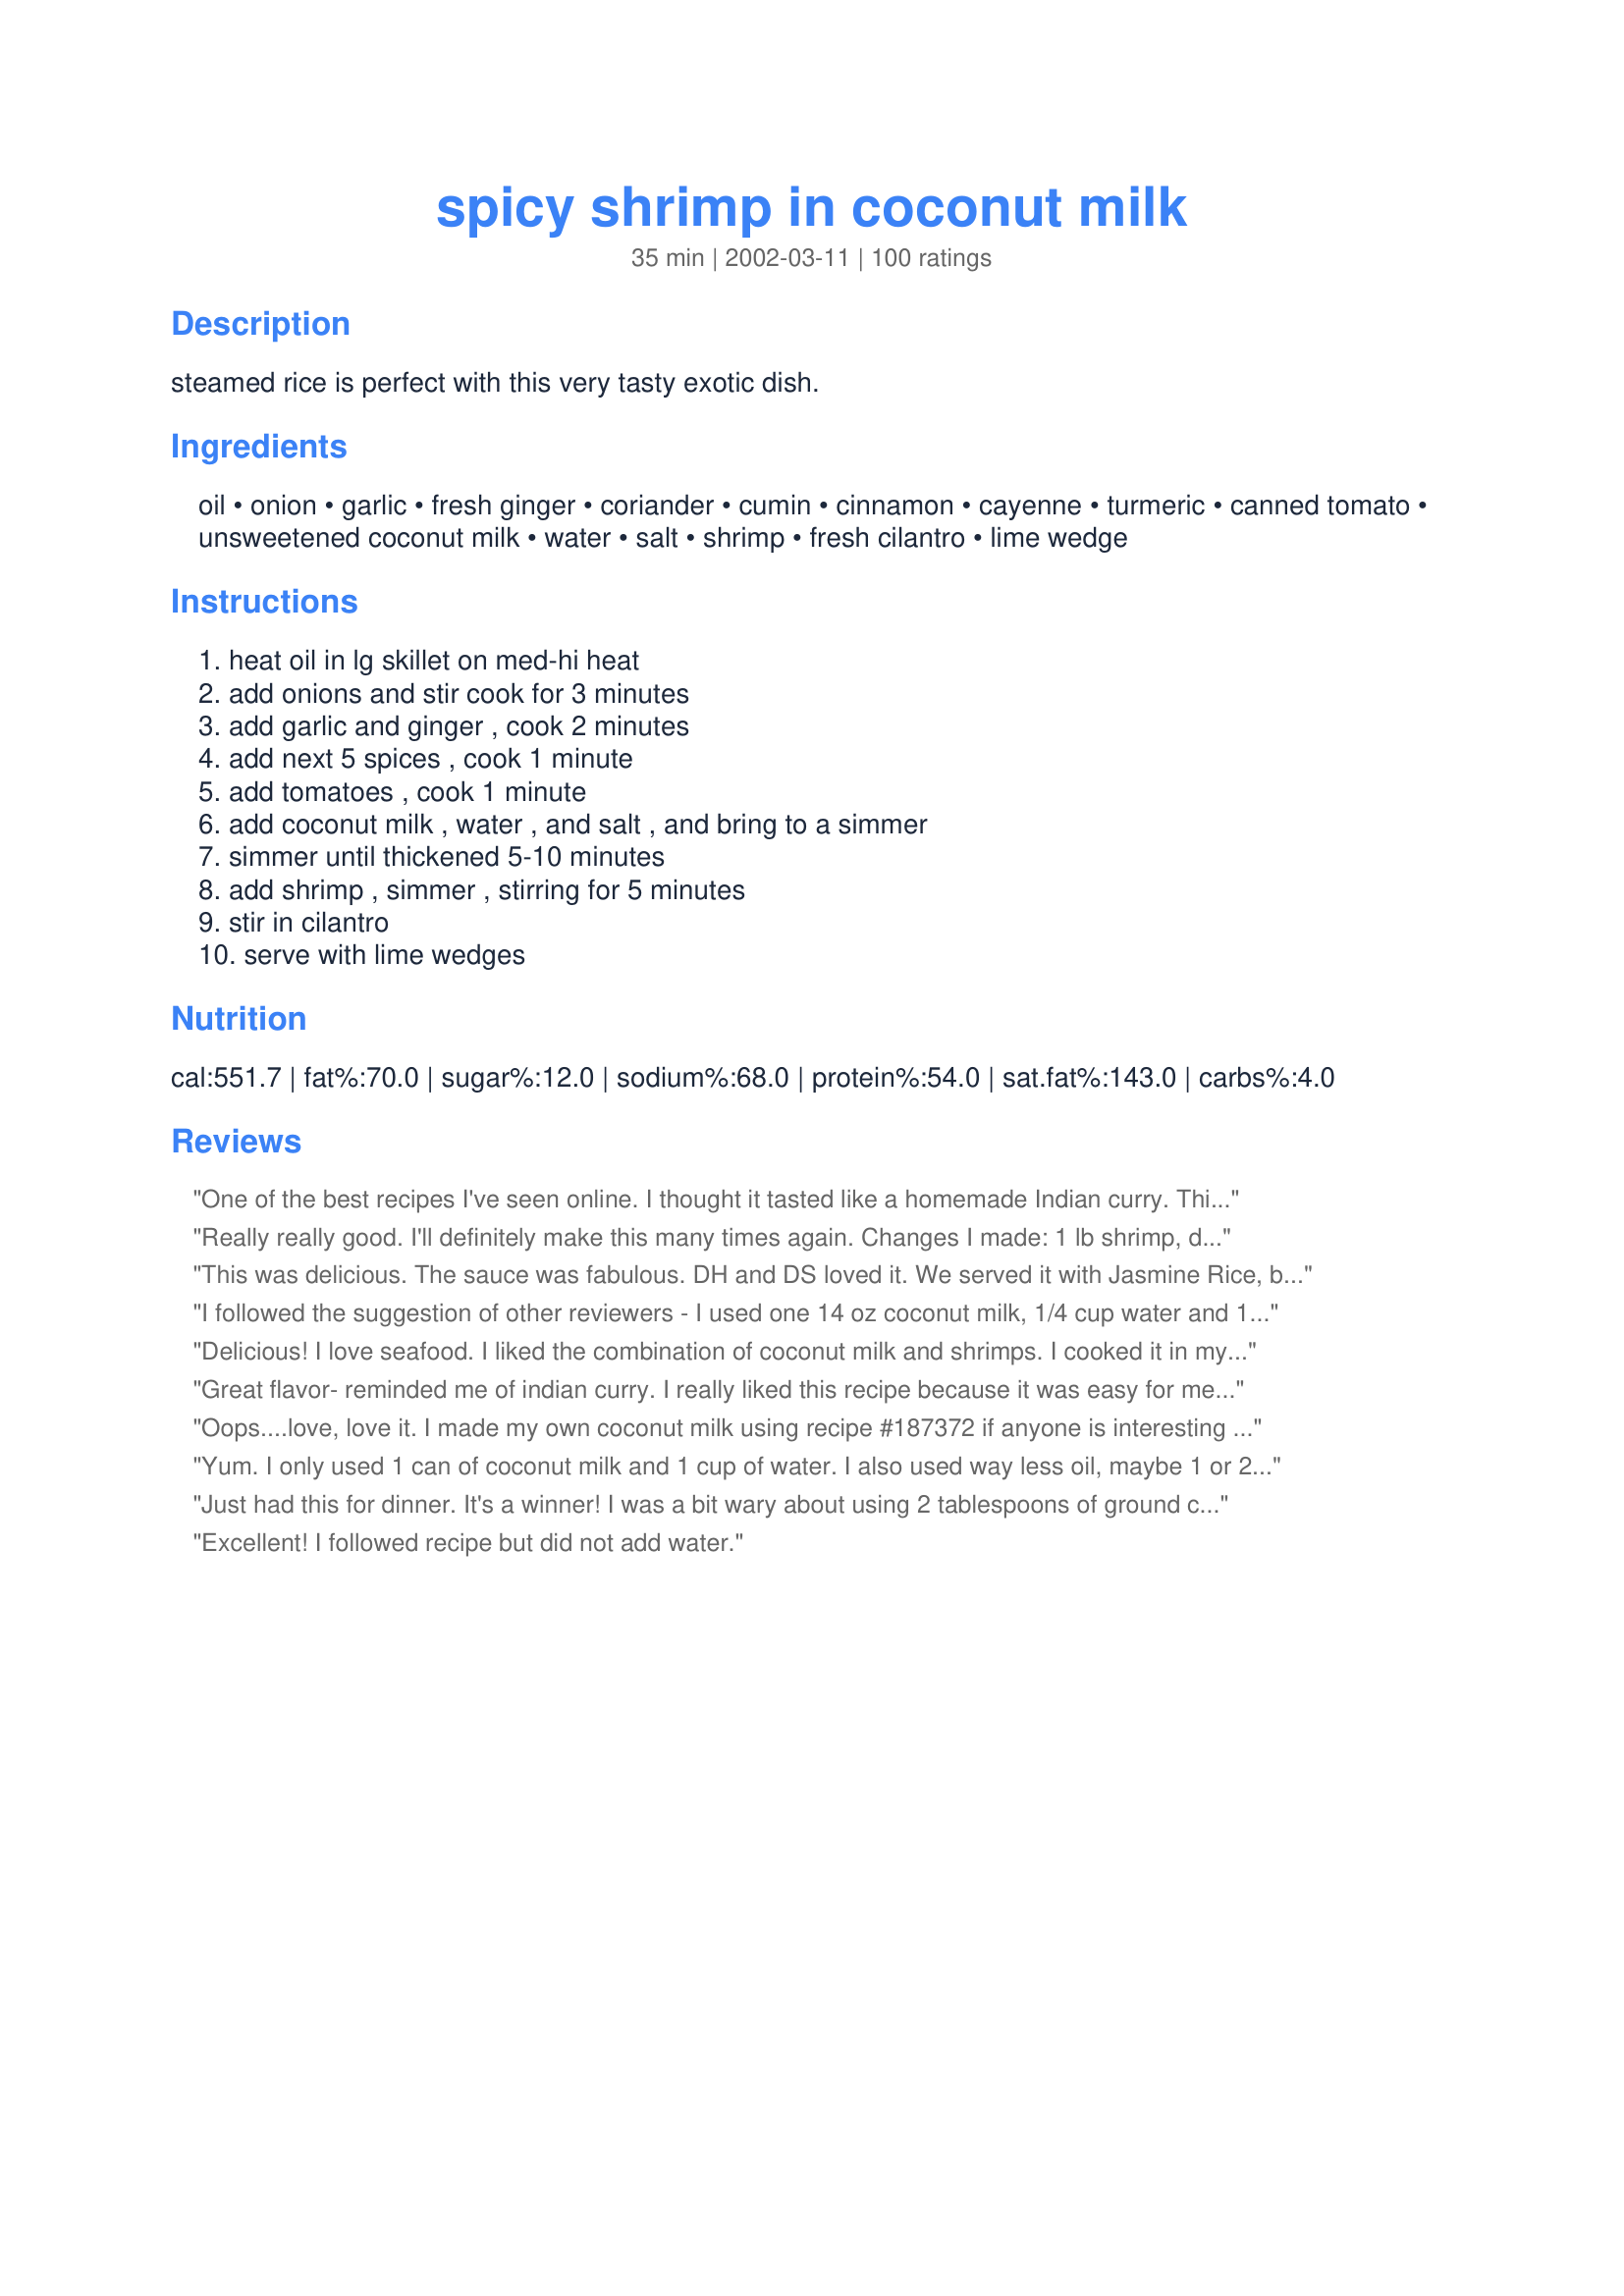
spicy shrimp in coconut milk
Preparation time: 35 minutes

steamed rice is perfect with this very tasty exotic dish.

Ingredients:
oil, onion, garlic, fresh ginger, coriander, cumin, cinnamon, cayenne, turmeric, canned tomato, unsweetened coconut milk, water, salt, shrimp, fresh cilantro, lime wedge

Steps:
heat oil in lg skillet on med-hi heat, add onions and stir cook for 3 minutes, add garlic and ginger , cook 2 minutes, add next 5 spices , cook 1 minute, add tomatoes , cook 1 minute, add coconut milk , water , and salt , and bring to a simmer, simmer until thickened 5-10 minutes, add shrimp , simmer , stirring for 5 minutes, stir in cilantro, serve with lime wedges

Reviews:
One of the best recipes I've seen online. I thought it tasted like a homemade Indian curry. This recipe was so good I just had to create an account and rate it. I didn't have enough shrimp, so I added two chopped chicken sausages. I also put in about 2 1/2 cups of pre-packaged frozen vegetable stir fry medley. Served over calrose rice. FANTASTIC! Thank you for sharing.
Really really good. I'll definitely make this many times again. Changes I made: 1 lb shrimp, dried cilantro, 1 can light coconut milk, sweet curry instead of turmeric and no additional water added. I also added green peppers and red peppers (about 1 c) into the onion mix. I also added a smidge (1/2 C) broccoli to the mix. Husband really liked this too and said he'd ask for it again. Good strong, complex flavors without being overpowering - very nice over basmati rice.
This was delicious. The sauce was fabulous. DH and DS loved it. We served it with Jasmine Rice, but I forgot to serve the limes. :( Next time a little more cayenne, since we really couldn't taste it.
I followed the suggestion of other reviewers - I used one 14 oz coconut milk, 1/4 cup water and 1 tsp sambal oelek. Also, after I cooked the dish, I squeezed the juice of 1/2 a lime. I served the shrimp over basmati rice and it was delicious - the blend of the spices mixed with the coconut milk was nice a silky. Thank you for posting this recipe.
Delicious! I love seafood. I liked the combination of coconut milk and shrimps. I cooked it in my pure clay pot and turned out fantastic. The special steam locker lid seals all the water soluble nutrients in and gives you the healthiest food. Most importantly, its metal and chemical free. Here is the &lt;a href=http://miriamsearthencookware.com/&gt;website&lt;/a&gt; where I got mine from and the best place to learn this unique way of cooking.
Great flavor- reminded me of indian curry. I really liked this recipe because it was easy for me to ladle aside some of the sauce to cook a chicken breast (since I can't eat shellfish) before I added the shrimp. It took a few minutes longer to cook, but was ready at essentially the same time- so it seemed like I was only fixing one meal :-)
Oops....love, love it. I made my own coconut milk using recipe #187372 if anyone is interesting in trying a inexpensive version as well as much, much lower fat content without losing the flavor. And, it certainly lived up to it's "spicy" name. But we love spices but if you don't you can cut back a little. I did add red pepper flakes too and that definitely added some extra heat.
Yum. I only used 1 can of coconut milk and 1 cup of water. I also used way less oil, maybe 1 or 2 tablespoons tops. Worked out great. I think it is going to taste even better tomorrow!!
Just had this for dinner. It's a winner! I was a bit wary about using 2 tablespoons of ground coriander, but it was fine. I omitted the extra 1/2 cup of water and added 1/2 teaspoon crushed chilli to give it a little bit of heat. I also added 3 teaspoons of lime juice at the end of the cooking time. Next time, for our taste, I'd double the amount of salt. A great recipe that will adapt well to fish, chicken, and vegetable curries. Thanks MizzNezz.
Excellent! I followed recipe but did not add water.
Very tasty! Next time I will add more cayenne to add a little more heat.
This dish is so rich and spicy, absolutely wonderful. I made a couple of adjustments just for my diet's sake - used 14oz lite coconut milk, one can only, and used 14oz diced tomatoes and no water.
This was so nice; not to spicy but plenty of fresh spices to set it off. I made as directed and didn't change a thing. It made a lot but that's OK as now we have left overs for today. The spices were a pleasant blend with none overpowering the other. I served as suggested over steamed white rice, there's plent of sauce to do this. The shrimp came out just right with the timing suggested. Thanks for posting.
Amazing, a delite to ALL my taste buds! Bursting with flavor, best meal I had in a long time, ty
This recipe is very tasty. I would definitely make again. It taste like it could be straight out of a Thai restaurant. Very good. (This recipe is not sweet, for some reason I thought it would be.)
This was the best Thai style shrinp dish ever. It needed alittle more salt and cayenne for my taste but over all a great and easy dish. I served with brown rice which was good but Jasmine rice would have been even better.
If you can't find green coriander (it might be called cilantro in your area), you can use coriander powder. However, since coriander powder tends to be a bit gritty, what I do is to put a tsp in a small bowl of water and stir it around. Then let it settle to the bottom (let it sit for about 5 min) and only pour the water into your shrimp dish. Toss out the gritty spice which is at the bottom of the bowl. I hope that helps.
Such an easy quick and delicious recipe, a really special meal put together in half an hour, we loved this. Served over steamed white rice, made a fabulous dinner and I'm already looking forward to having it again :) Thank you, MizzNezz, super recipe!!!!
Yum. My family enjoyed but cut cayenne to just a smitch ;-)
Wasn't nearly flavorful enough.
This recipe has become one of my favorite ways to prepare shrimp! Substituting chicken for the shrimp would likely be equally delicious.
Amazing flavour, lots of sauce which we love, restaurant quality. Reading the other reviews I did add extra cayenne and I always find using fresh coriander we need extra salt. As per Kooka's suggestion I also sprinkled about 3 teaspoons of lime juice on top once cooked. Followed recipe exactally as stated and served with rice. This one goes into our favourites.
I thought this recipe turned out really good, and even my sister who generally doesn't care for shrimp enjoyed this recipe. I used lite coconut milk instead and I believe this to have caused the need to simmer a lot longer to get the sauce to thicken. I thought having so much shrimp was a bit much, maybe next time I will use 1/2 - 3/4 the amount of shrimps and add cauliflower, snap peas, or some other veggie to even out the proportion.
O.K. for a quick meal using relatively handy ingredients. For a more authentic and tastier version, omit the 5 dry spices and use 1 to 3 teaspoons of Thai red or yellow curry paste (depending on your preference for spiceness and heat), 1 teaspoon of sugar, and 1 can of coconut milk. All other directions stay the same.
Turned out really nice. I added thai basil and one jalapeno. Really easy recipe, tastes amazing. Oh, I also had only 1 lb of shrimp, spo I added 3/4 lb. of black mussels in the shell.
I made the recipe with just a few modifications and we really liked the flavor of the finished dish. I used one can of coconut milk and the half cup of water with the addition of red curry paste to give the dish more of a kick. The sauce was thin but we liked the way it covered the rice and the leftovers the next day were equally as good.
Sorry, it's sort of OK. I was expecting 'spicy'. This certainly isn't spicy. It's OK, but not great.
The texture and flavor was to die for. All the spices complemented eachother nicely. I used Jasmine rice with this recipe. Lovely presentation for company. Thank you for sharing this recipe.
Pretty good. Not really very spicy, overall quite bland at first taste. I added some fish sauce, used 50% more coriander (fresh ground from seed), doubled or tripled the red pepper, and included a bit of red wine vinegar. That plus the fresh lime juice squeezed on at the table made it acceptably tasty. But I wouldn't call it spicy.
This recipe is delicious. It reminds of a dish I had back home in NY at my favorite Indian restaurant -- Shrimp Malai. I've missed the dish and now can make it whenever I like! I've made it with seafood, chicken and will try lamb or veal stew meat. I serve it over Jasmine rice which a perfect accompaniment. This rice is light and fluffy and soaks up the sauce.

I adapted the dish by adding extra tumeric and a little less than a tablespoon of sugar...yum :-).

Thank you for submitting this wonderful recipe. I've already made five copies for friends who've tried it.

Thanks! And keep them coming! :-).
bydzign
We really enjoyed this! I used one can of lite coconut milk, 1 pound of shrimp, 1 fresh tomato, and doubled the garlic and ginger...kept everything else the same. Served it over Jasmine Rice. Next time I'll add a bit more cayenne. Delish!! Thank you!
comedy of errors trying to make this. old coconut milk that was spoiled, ran to the store to get fresh, then discovered no ground coriander, etc.
however, this was delicious!! loved all the flavors. we ended up using lite coconut milk with regular coconut milk, no water. would have simmered this down but ran out of time, so added shrimp before it was thickened. still delicious.
Great recipe! We've had it twice in as many weeks, so that should let you know how much we love it!
We cut down on the shrimp (prawns)to about 250g and add a lot of sliced mushies, capsicum & zucchini, coz we love them too.
Your easy to follow, simple instructions are a treat.
Thanks for sharing, MizzNezz :)
Try them with this tropical mango habanero sauce... I think they would mix amazing for those spicy food lovers... www.spicyadama.com
My husband and I really enjoyed this recipe.
I had some difficulty finding coriander and
had to omit it. Does anyone know a good substitute for it? Even with some of the spices
left out this recipe was wonderful.
Marvelous taste! I cut the sauce in half by only adding one can of coconut milk, halved the spices but still added a can of drained tomatoes. It was pretty runny so I thickened the sauce with a little cornstarch. I fixed some white rice and garnished it with fresh cilantro. Loved it!
LOVED THIS!! I omitted the cayenne (because I have a two year old eating it) and I used two whole cans of coconut milk instead of coconut milk and water and WOW! Heat up some naan and just dip it in this unctuous sauce! It is fantastic!
This really is easy to make and so delicious. I loved the meld of flavors, and plan to try it with chicken one of these days soon. This is a keeper!
I have made this several times I cannot believe that I never gave it a review! It is so good, I know that I was a little worried about adding the tomato to the dish but everything blends together perfect....yummy you will not regret making this dish I promise.
Its a keeper..... This is quick and easy to make. I used only one can of cocoanut milk and none of the sugar that some people have added. The next time I make ths dish I will increase the spices just a bit.
Very good!! Started with the existing recipe and have adapted it for Chicken (very good) and Calamari (good, but still working on it). Only issue is that Coconut Milk (Silk) made the sauce a little thin, and I've heated it to reduce to thicker sauce as I've learned the dish. Works well for Keto and diabetics.
We really enjoyed this recipe for lunch. Based on reviews I made several modifications with perfect results. First, I halved the recipe (sort of) to accommodate the two of us. I left the onion, garlic, ginger, and all spice proportions as written and this worked perfect. In fact, we could have used even a little more cayenne. I omitted the water to make for thicker sauce as suggested by other reviewers. We served over jasmine rice. We both would have this recipe again. Thanks!
Very good! Like others, next time I will use one can of coconut milk instead of 2...sauce was very thin but still very delicious. :)
This was easy to make a very tasty. I kept adding spices - when it got to where we really liked it, we had about doubled them. We saved the sauce and dipped it in french bread the next day as an appetizer. Yum!
I signed up for an account just so I could rate this recipe... it&#039;s that good! I&#039;ve made quite a few attempts at Indian recipes over the years and this is one of very few I&#039;ve found comparable to restaurant quality. I took other reviewers&#039; advice and added curry to the spice mixture. I used small, frozen shrimp that I buy at Costco, briefly defrosted and thrown in at the end, just long enough to get them hot. I love my curry-type dishes very saucy, so it was a happy accident that the can of tomatoes I thought I had in the pantry turned out to be tomato sauce. I just decided to go with it, use the tomato sauce and leave out the water the recipe calls for, and the result was amazing - TONS of flavorful sauce! I had prepared rice and vegetables to serve on the side, but ended up pouring the shrimp and sauce over everything, as it made it so tasty. My husband and 2.5 year old daughter loved it, too. I will definitely make again, and try it with other meats or even make it vegetarian. The sauce would make just about anything taste good!
so, okay I did change this a little bit.
I doubled the garlic and ginger although it seams like i always double the garlic with everything, ran out of onions so none of those I'll use them next time of course, had no canned tomatoes so used fresh but no seeds, and then thickened up the sauce a bit with some corn starch. fear not the coriander :)
great recipe
Wonderful dish! I'm not sure if tasted exactly as it should, as I had to cut the recipe down, but the boldness of flavor was fantastic. I like my food a bit hot, not just spicy, and since others here said it wasnt very hot I just added extra cayenne. I cooked the shrimp exactly as stated and they were done perfectly. I also omitted the water. I had lots of sauce left over to dip my bread in...Delicious MizzNexx!
Oh WOW!! Talk about a super easy, very delicious supper this was for us tonight. After having the day from (well, you know where), the hardest part was peeling the shrimps. Everything just flowed together and this inhaled! I will make this again and again and again! Thanks for posting!!
This dish was amazing. I had no coconut milk and added freshly grated coconut and some cream. Not ideal but it was still fragrant and rich.
Very tasty! I omitted the water and added some chilli peppers. Delicious! Thank you!
I am always on the lookout for good shrimp recipes, and had high hopes for this. Unfortunately, we found it to be just okay - rather bland. I can't put my finger on what is missing, perhaps just more of the spices, but it was not a hit with us.
This was so good. Like others, I used 1 lb of shrimp, only used one can of coconut milk and took out the water. I kept all the spices the same. Perfect!
yum! I kinda risked dinner last night with this dish, because I wasn't sure about the outcome. But it was a hit! Such an interesting and tasty blend of flavors! I did cut back 1/2 cup of coconut milk, but that was it. Thank you!
I made this again. It truly is an extraordinary dish.
I thought that this was a bit bland as-is, but I did add extra cayenne, salt, and about 2 t. of lime juice as per other reviewers' suggestions. I added some sugar to my own bowl because I knew my fiance wouldn't like it sweeter... unfortunately he was stopped up and couldn't taste much other than the cayenne, so he didn't have much input to give.
Yummy, I did adjust according to reviewer's suggestions. I used only one can of coconut milk and no water. I didn't add salt but did add some lime juice. It was flavorful but not overwhelming considering the amount of spice added. You could pump up the spice if desired.
MissNezz, tried this recipe on Friday and we really enjoyed. I increased the quantity of cayenne to 1 teaspoon since we liked it spicy. Thank you for a wonderful recipe. Sunbeam :)
I used virgin coconut oil, diced canned tomatoes with jalapeno peppers and 1/2 teaspoon of cayenne pepper. I'm looking forward to trying this recipe using chicken for the shrimp for a less expensive weeknight dinner. Thanks for posting, MizzNezz!
This was awesome!!!! Everyone loved it in my family, thank you for such a wonderful recipe, a definite keeper and definite "do it again"!!!!
i worried about using so much coriander, but needn't have. omitted the water and served it over steamed rice. we really enjoyed it. thanks!
20 stars!!!This dish was sooo delish and so off our normal ingredient cooking. First time using coconut milk but unfortunately only had 1 cup leftover from some drink experimentation so also used 1 1/2 cup evaporated milk. Was unsure of the coriander (is this suppose to be seed??) I used just under the 2 tbsp of ground coriander since I had not cooked with this spice before.I used diced canned tomatoes. Broke up spaghettini, boiled, drained and added to completed shrimp and sauce. I was blown away by how everything melded together and offered up such new, interesting and absolutely tantalizing flavors. I also expected it to be more spicy just from the title but it still had a nice kick. This recipe may be the start of new ethnic cooking habits! Will put this into the special collection.
Great with Thai noodles!
Tasty and different. Served over jasmine rice.
This dish was pretty good, but much much milder in flavor than we were expecting. I made this exactly as written and found that when I tasted the sauce it just wasn't quite what I was looking for in flavor. I might add that we are BIG fans of curries and curry type dishes, however I believe our love of spicy Thai curries might have influenced our tastes towards this dish. If you are looking for a milder, mellow type dish that still has a nice dimension of spice, this is a great recipe to try.
This was very good, and pretty simple as well. I did expect it to have just a bit more flavor, but I wouldn't really say it was lacking either. It makes a LOT of sauce so I think I'd cut that part down by a half maybe next time, since most of it stayed in the skillet. Thanks for a great recipe.
I've tried several similar recipes and this one is the BEST!!! So good!
This was good, but definitely missing something. I had hoped it would taste like yellow curry, but it wasn't quite there. I added a bunch more cayenne, and omitted the water. I also had to add more salt at the table (and I am not even a fan of salty foods). Good, but lacking that special something.
Lovely recipe. I had a few of the spice proportions off (I ran out while I was measuring), but it was still very well recieved. Thank you!
Absolutely delicious! I added some extra cayenne pepper and a couple tablespoons of raw sugar because it tasted like it needed it and it came out fantastic. I served it with jasmine rice and some steamed broccoli slaw on the side, It would be weird eating this by itself. My boyfriend cleared his plate so we&#039;ll definitely be making this again.
This recipe was really good, but I made a few changes! I added yellow and orange pepper (sliced) to the onions. I used light coconut milk to cut the fat, added more salt and cayenne pepper. I did not add water, just coconut milk. I found the sauce to be a little runny so I tried to thicken it up with corn starch. Overall a great recipe! Served over basmatti rice! Bon app?tit! :)
Really amazing - an incredible blend of spices. There is a lot of sauce but with extra rice it is wonderful, or you can just water it down and add some vegetables for some soup afterwards. AMAZING!
This was delicious! I would have been thrilled if I had gotten this dish at a restaurant. I have been thinking about it since I made it days ago! I probably used a little more of each of the spices, but otherwise followed the recipe. I'm going to make this dish using chicken for friends who don't eat shrimp. Thanks for a great dish!
Eating it as we speak and it's so so good. Like others I used less coconut milk than called for, but I still couldn't get the sauce to thicken up, and didn't have any corn flour on hand. REALLY good flavours though :)
WOW, this was better than I thought it would be! I am sure the original recipe is also fabulous, but I did tweak a bit to make it heartier/using up what I had. Added broccoli, sliced carrots, some jalapeno and snow peas to the simmer before the shrimp went in. Also used a curry powder instead of the individual spices, which turned out pretty well, but next time I'd hope to use the spices individually to get a better spice ratio. Will be making this again!
Fantastic! It wasn't really spicy, but had a very nice taste. I omitted the water as it seemed liquid enough. Next time I will probably add a little curry powder.

I served this over couscous.

Definitely a keeper. Thank you.
Excellent! Omitted the water and used two full cans of coconut milk. Added extra seasonings as we like things spicy and flavorful. It was super quick to prepare and enjoyed by all. Thanks for another winner, MizzNezz
Very nice. I only used a 2 tablespoons of oil and I didn't exactly measure my spices - all but the coriander and ginger were probably doubled or tripled. This received very favorable reviews from my husband and our guests. Thanks.
I added more cayenne because some of the reviews said it wasnt spicy at all. Other than that it was fine, it just didnt have a lot of flavor. I was a bit disappointed, my date thought it was fine.
Love love this recipe. Next time will add a Rotel instead of tomato to make it spicier. Thank you.
This is one of my all time favorite recipes! I love it as is but sometimes I add more liquid (chicken or veggie stock) cooked chicken and rice and have it as a soup. I can't even count how many times I've made it - it's fantastic with "stir fry beef" too.
MizzNezz;
This recipe rates a minimum of a 12. The sauce was absolutely superb and I served the shrimp (or prawns as we call them) over Sun Dried Tomato Spaghetti. I used 3 teaspoons of Sambal Oelek instead of the cayenne pepper but followed the rest of the recipe as noted.
This is now my favorite Shrimp (Prawn) recipe.
Thanks so much for sharing and I don't know why it took me so long to try it out.
"Uncle Bill:
Oh, WOW! I never rate recipes, but this one needs to get some recognition. I also omitted the water. Everyone loved it, including my 2-yr-old. I sprinkled ground red pepper on mine after I served it, since I like it hot. I'll be making this one again.
This was terrific! I am a Canadian married to an Indian and living in India. I made this for my mother-in-law's birthday and made this for 8 people. The best part was I had all fresh ingredients, and the fresh kotmir (cilantro) was a lovely added touch, plus i squeezed a small lime right into the sauce which added a nice flavour. I used 4 fresh chopped tomatoes, and added a red bell pepper. I also only used one can of coconut milk for a little thicker of a sauce. In my opinion the salt was fine, but of course my in-laws added a little to the dish (Indians love a lot of salt)! So depending how much you like salt, I'd add another half a tsp. I can't wait to make this again for just my husband and I so I can have more. There was not even a little bit leftover!
This was pretty tasty! My husband found it a little spicy, but he's kind of a wimp. I thought the spice was just right, and the smoothness of the coconut milk levels it out. I omitted the water and still had plenty of sauce. This was my first time using fresh ginger, and I was surprised by the amount of heat! Thanks for sharing!
Outstanding! Delicious and easy to make. I increased the cayenne pepper fivefold and also added crushed red pepper. Next time I'll reduce the water by half in order to achieve a creamier consistency. Excellent recipe!
I didn't think this was spicy at all, and was a little mad at myself for not following reviewers' suggestions to add something for more kick. I did like the basic flavor though and will definitely experiment with this recipe in the future. Thanks for posting!
Good God this was SOOO delish! I only used on 14oz can of coconut milk and the canned tomatoes had cilantro and lime in them. I will be making this over and over - Thx Much!
This was great! It was also a great way to use up leftover coconut milk and cilantro!
This, personally wasn't to my taste. But it was quite rich and milky tasting to me. However, I was the only one who didn't love it, so I'm not about to bash it. If you're looking for something different from the norm, this is definitely one to try!
This dish is AWESOME. Everyone that I serve it to loves it. Though there appear to be many ingredients, it takes only minutes to make.
Such a nice change of pace from our regular fare. I added sirachia sauce to give it a little heat and backed down the milk to one can/no added water. I'm sure it's even more rich and delish with 2 cans but only had one on hand!
 DH and I both sopped it up. serving it over Trader Joes jasmine rice made it a pretty quick weeknite meal.
Thanks so much for posting this recipe!
This dish has a superb rich taste with just a hint of spice. I made it as directed except for the addition of half a teaspoon dark brown sugar. Also, I used lite coconut milk and cut down way back on the oil. Served it over steamed basmati rice and it was a big hit!
Made this for dinner last night---RAVE reviews from all of us! It was very easy to prepare, and I do something a little different than what the recipe called for...after the sauce and rice were both cooked, I combined them and simmered until the sauce was absorbed by the rice, almost "risotto" style, (which took about 10 minutes)and added the cilantro after cooking. I did add about a teaspoon of curry powder too. Awesome! I will be making this again soon. Thanks for a great recipe Inez! :-) -CG
We just finished this awesome recipe! My family loved it. I only changed a few things; I had to skip the coriander, because I did not have any and it was still delish! I only used one can of coconut milk, I didn't use the extra water. I added a dash of vanilla, extra on all the spice, just because we like food like that!! Oh, and I added green bell pepper and a squeeze of lime juice, served over rice with a pinch of grated coconut and lime wedges YUMMY!! It was like taking a vacation inside my mouth!! Thank you so much, this is definitely a keeper!!
I doubled the sauce in this so I would be able to add it over my Jasmine rice. It was a delicious meal and one that I will make many times in the future. I am thrilled to have found this fine recipe!
This is delicious!!! I used all the same ingredients just different measurements. I used two pounds of shrimp and 1 can of coconut milk. It all worked great. I served this on rice noodles and broccoli. Such a good meal, thank you so much for sharing your recipe.
spice island makes a coriander powder. i also added 2-3 teaspoons of sugar. next time i will also add some curry. it wasn't as zippy as i expected but it was very nice. i'm spoiled by indian neighbors bringing me spicy curried dishes!
it would have been great with lots of the cilantro but i was out. limes are very good with it, too.
We had some leftover shrimp from my daughter's low country boil birthday meal, and my wife wanted something with coconut milk in it. We are very glad we found this recipe. A little rice in the rice cooker, threw in the shrimp at the last minute to reheat. Delicious.
This is a delicious and different way to prepare shrimp. Unfortunately I did not have the fresh cilantro, but I'm sure that would make a great addition. I added a few more tomatoes since I halved the recipe, but didn't want to waste tomatoes. It turned out great. I will definitely make this one again.
Updated to add: I have made this several times with chicken also. I just sautee the chicken while I'm sauteeing the onions and spices.
I just made this for the second time last night, and still really like it! Both DH and I love and normally eat much spicier curries, but we both agree this is perfect just how it is. I pre-cook a chicken breast and just throw it in at the end to heat up. Served with rice and garlic roti, this is such an easy, tasty weeknight dinner, thanks to MizzNezz for posting!
